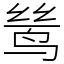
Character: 鸶